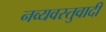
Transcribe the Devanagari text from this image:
नव्यवस्तुवादी